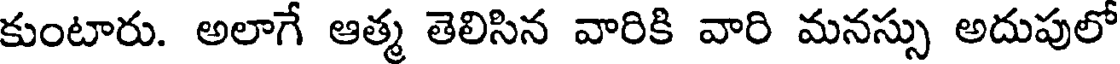
కుంటారు. అలాగే ఆత్మ తెలిసిన వారికి వారి మనస్సు అదుపులో